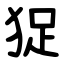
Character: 㹱